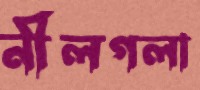
নীলগলা